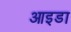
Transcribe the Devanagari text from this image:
आइडा